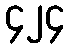
၄၂၄